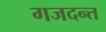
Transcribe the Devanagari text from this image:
गजदन्त